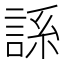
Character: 𫌾